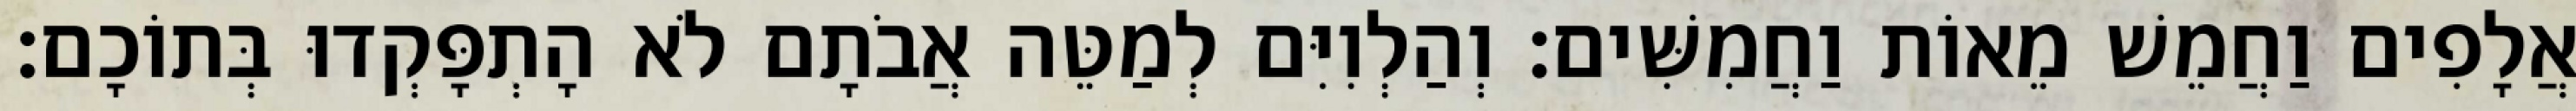
אֲלָפִים וַחֲמֵשׁ מֵאוֹת וַחֲמִשִּׁים׃ וְהַלְוִיִּם לְמַטֵּה אֲבֹתָם לֹא הָתְפָּקְדוּ בְּתוֹכָם׃